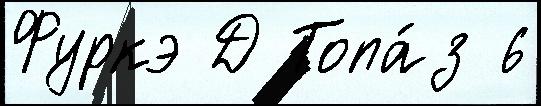
Фуркэ Д Топа́з 6